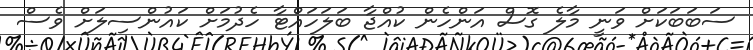
ސަބަބަކަށް ވަނީ މާލެ ގޮސް އަންހެން ކުއްޖާ ބަލަހައްޓާ ހެދުމަށް ކައުންސިލަށް ވެސް